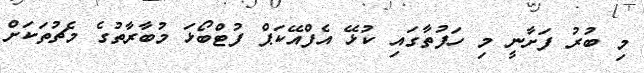
މި ބުރު ފަށާނީ މި ހަފުތާގައި ކުޅޭ އެފްއޭކަޕް ފުޓްބޯޅަ މުބާރާތުގެ މެޗުތަކަށް